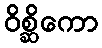
ဝိစ္ဆိကော